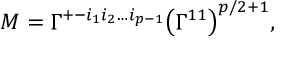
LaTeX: M = \Gamma ^ { + - i _ { 1 } i _ { 2 } \dots i _ { p - 1 } } \bigl ( \Gamma ^ { 1 1 } \bigr ) ^ { p / 2 + 1 } ,